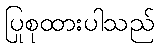
ပြုစုထားပါသည်